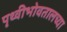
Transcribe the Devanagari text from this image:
पृथ्वीभोवतालच्या